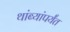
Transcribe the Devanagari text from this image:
थांब्यांपर्यंत